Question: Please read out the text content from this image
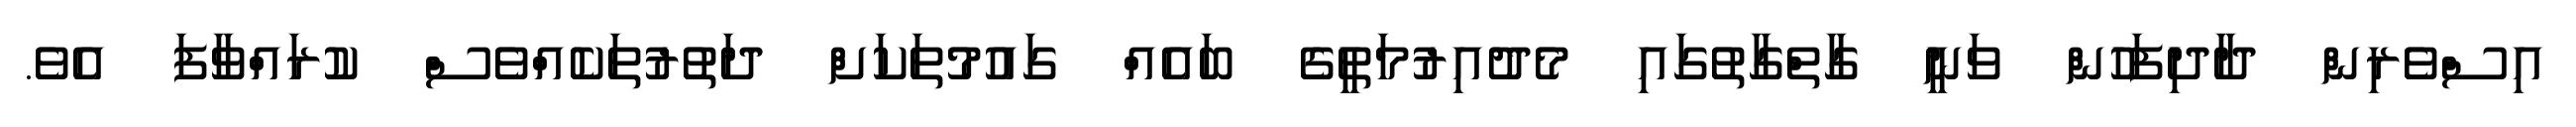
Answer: އިސްވެރިން ދާދިފަހުން ވަނީ ގާތްގާތުގައި މެދުއިރުމަތީގެ ބައެއް ގައުމުތަކަށް ދަތުރުތަކެއްވެސް ކުރައްވާފަ އެވެ.